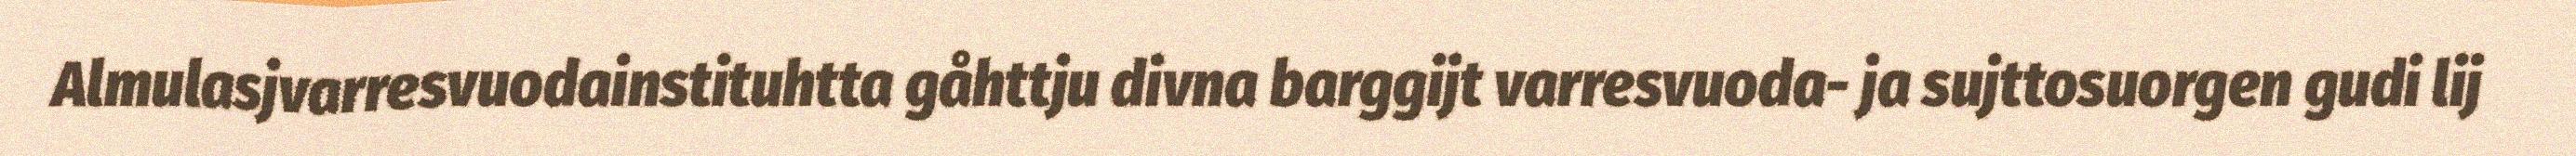
Almulasjvarresvuodainstituhtta gåhttju divna barggijt varresvuoda- ja sujttosuorgen gudi lij